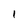
Character: 1